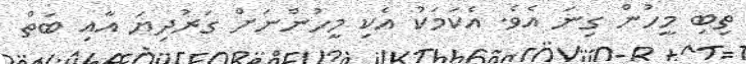
ތިބި މީހުން ގިނަ އެވެ. އެކަމަކު އެކި މީހުންނަށް ގަރުދިޔަ އާއި ބަތް